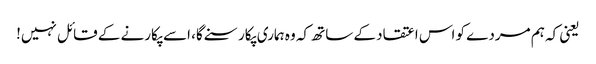
یعنی کہ ہم مردے کو اس اعتقاد کے ساتھ کہ وہ ہماری پکار سنے گا، اسے پکارنے کے قائل نہیں!